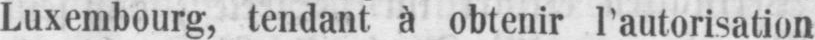
Luxembourg, tendant à, obtenir l’autorisation